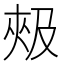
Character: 𰋦